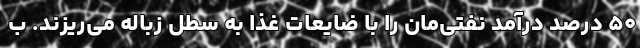
۵۰ ‌درصد درآمد نفتی‌مان را با ضایعات غذا به سطل زباله می‌ریزند. ب